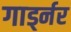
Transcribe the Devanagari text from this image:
गार्ड्नर